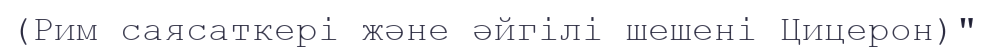
(Рим саясаткері және әйгілі шешені Цицерон)"